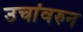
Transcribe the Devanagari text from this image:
उचांवरुन